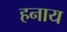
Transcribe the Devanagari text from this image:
हनाय